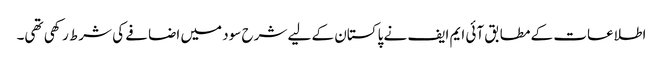
اطلاعات کے مطابق آئی ایم ایف نے پاکستان کے لیے شرح سود میں اضافے کی شرط رکھی تھی۔